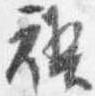
禊